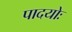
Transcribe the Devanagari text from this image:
पादयोः